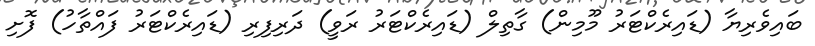
ބައިވެރިޔާ (ޑައިރެކްޓަރު މޫމިން) ގާތިލް (ޑައިރެކްޓަރު ރަވީ) ދަރިފިރި (ޑައިރެކްޓަރު ފައްތާހު) ފޮށި